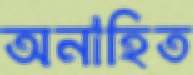
অনাহিত